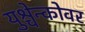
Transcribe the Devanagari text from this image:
युश्चेन्कोवर